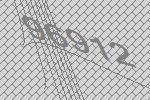
96912